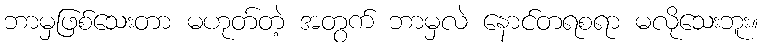
ဘာမှဖြစ်သေးတာ မဟုတ်တဲ့ အတွက် ဘာမှလဲ နောင်တရစရာ မလိုသေးဘူး။